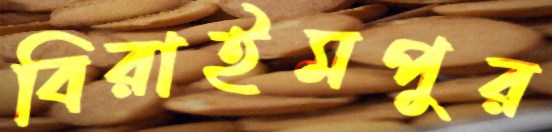
বিরাইমপুর